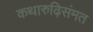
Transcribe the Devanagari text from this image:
कथारुढ़िसंमत